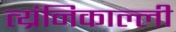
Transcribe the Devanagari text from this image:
त्य्रंनिकाल्ली